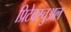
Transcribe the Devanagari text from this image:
प्रिटेक्स्चुअल